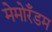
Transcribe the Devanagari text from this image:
मेमोरँडम